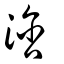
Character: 浛